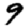
Digit: 9